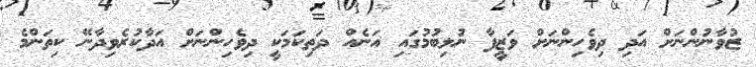
ޒުވާނުންނަށް އަދި ދިވެހިންނަށް ވަޒީފާ ނުލިބުމުގައި އަނެއް ދަތިކަމަކީ ދިވެހިންނަށް އަދާކުރެވިދާނޭ ކިތަންމެ